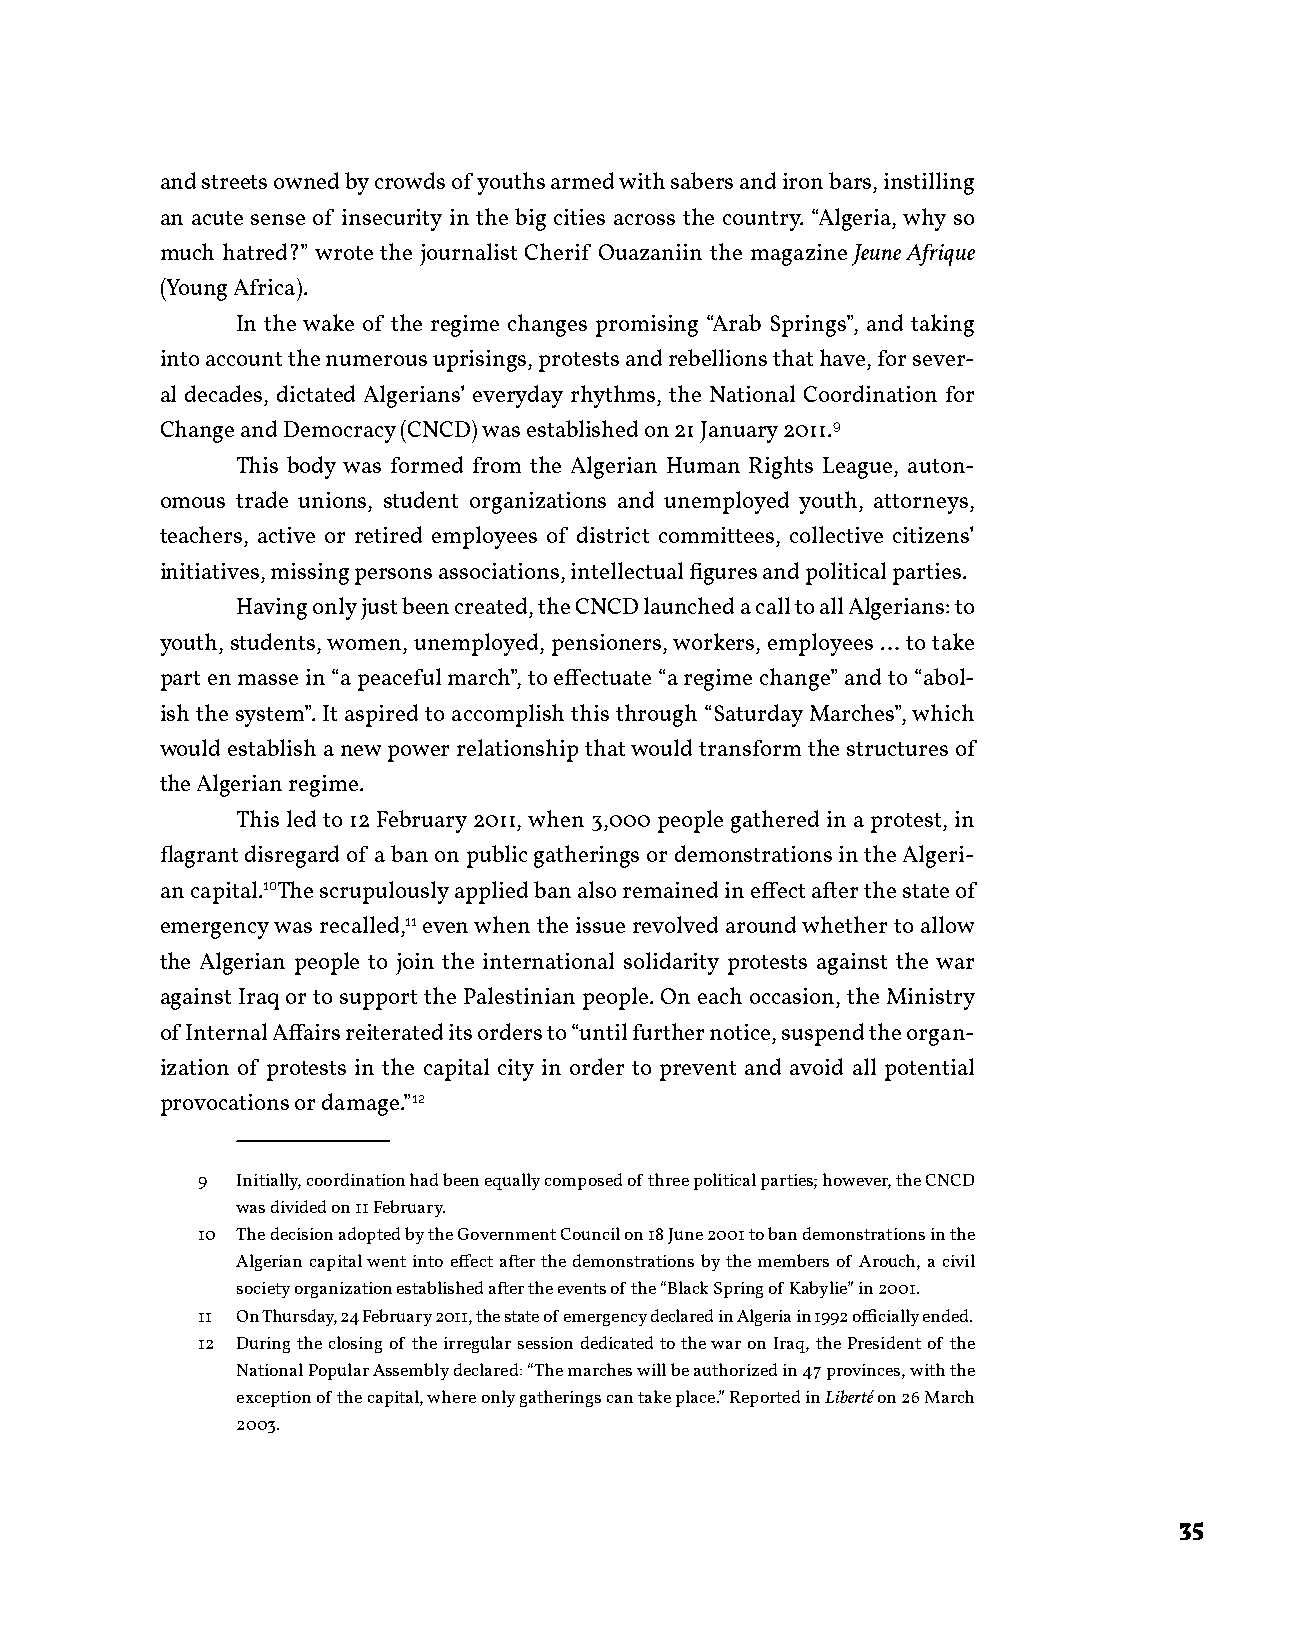
and streets owned by crowds of youths armed with sabers and iron bars, instilling
 an acute sense of insecurity in the big cities across the country. “Algeria, why so
 much hatred?” wrote the journalist Cherif Ouazaniin the magazine Jeune Afrique
 (Young Africa).
 In the wake of the regime changes promising “Arab Springs”, and taking
 into account the numerous uprisings, protests and rebellions that have, for sever-
 al decades, dictated Algerians’ everyday rhythms, the National Coordination for
 Change and Democracy (CNCD) was established on 21 January 2011.9
 This body was formed from the Algerian Human Rights League, auton-
 omous trade unions, student organizations and unemployed youth, attorneys,
 teachers, active or retired employees of district committees, collective citizens’
 initiatives, missing persons associations, intellectual figures and political parties.
 Having only just been created, the CNCD launched a call to all Algerians: to
 youth, students, women, unemployed, pensioners, workers, employees … to take
 part en masse in “a peaceful march”, to effectuate “a regime change” and to “abol-
 ish the system”. It aspired to accomplish this through “Saturday Marches”, which
 would establish a new power relationship that would transform the structures of
 the Algerian regime.
 This led to 12 February 2011, when 3,000 people gathered in a protest, in
 flagrant disregard of a ban on public gatherings or demonstrations in the Algeri-
 an capital.10The scrupulously applied ban also remained in effect after the state of
 emergency was recalled,11 even when the issue revolved around whether to allow
 the Algerian people to join the international solidarity protests against the war
 against Iraq or to support the Palestinian people. On each occasion, the Ministry
 of Internal Affairs reiterated its orders to “until further notice, suspend the organ-
 ization of protests in the capital city in order to prevent and avoid all potential
 provocations or damage.”12
 9  Initially, coordination had been equally composed of three political parties; however, the CNCD
 was divided on 11 February.
 10 The decision adopted by the Government Council on 18 June 2001 to ban demonstrations in the
 Algerian capital went into effect after the demonstrations by the members of Arouch, a civil
 society organization established after the events of the “Black Spring of Kabylie” in 2001.
 11 On Thursday, 24 February 2011, the state of emergency declared in Algeria in 1992 officially ended.
 12 During the closing of the irregular session dedicated to the war on Iraq, the President of the
 National Popular Assembly declared: “The marches will be authorized in 47 provinces, with the
 exception of the capital, where only gatherings can take place.” Reported in Liberté on 26 March
 2003.
 35